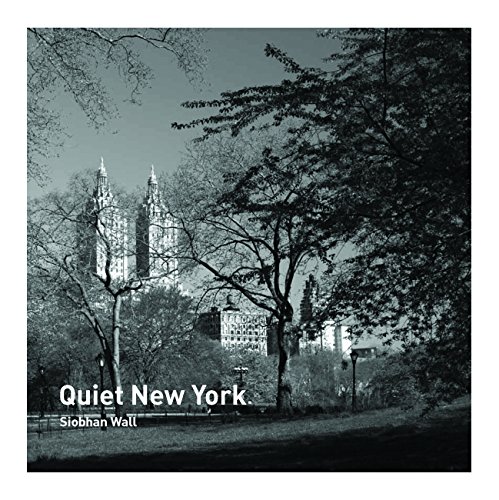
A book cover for Quiet New York; Siobhan Wall; Travel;